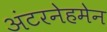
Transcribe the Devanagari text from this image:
अंटरनेहमेन